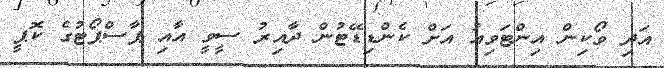
އަދި ވޯކިން އިންޓަވިއު އަށް ކެންޑިޑޭޓުން ދާއިރު ސީވީ އާއި ޕާސްޕޯޓުގެ ކޮޕީ